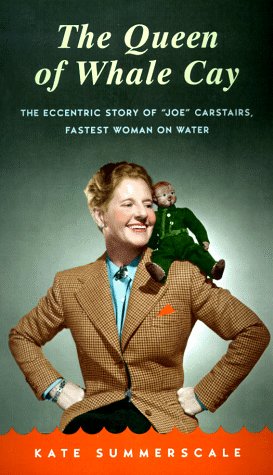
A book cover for The Queen of Whale Cay: The Eccentric Story of "Joe" Carstairs, Fastest Woman on Water; Kate Summerscale; Gay & Lesbian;